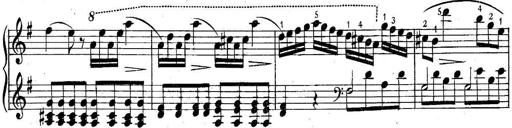
Title: 6 Easy Sonatinas
Composer: Carl Czerny